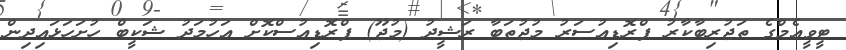
ޓީވީއެމްގެ ތަޖުރިބާކާރު ޕްރޮޑިއުސަރު މުޖުތަބާ ރަޝީދު (މުޖޫ) ޕްރޮޑިއުސްކޮށް އަހުމަދު ޝަކީބް ހުށަހަޅައިދިން